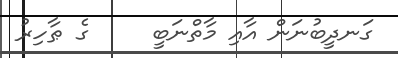
ގަނދީބުނަން އާއި މާތްނަބީ     ގެ ޠާހިރު